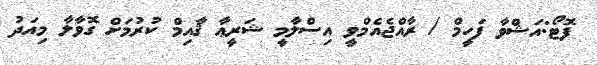
ފޮޓޯ:އަޝްވާ ފަހީމް / ރާއްޖެއެމްވީ އިސްލާމީ ޝަރީޢާ ޤާއިމް ކުރުމަށް ގޮވާލާ މިއަދު